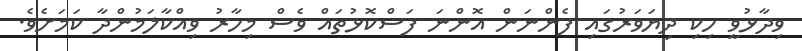
ވިދާޅުވީ ހިކި ދިޔަވަރުގައި ފެންނަން އޮންނަ ފަސްކޮޅުތައް ވެސް މިހާރު ވިއްކާލަމުންދާ ކަމަށެވެ.